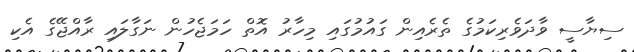
ސިޔާސީ ވާދަވެރިކަމުގެ ތެރެއިން ގައުމުގައި މިހާރު އޮތް ހަމަޖެހުން ނަގާލައި ރާއްޖޭގެ އެކި